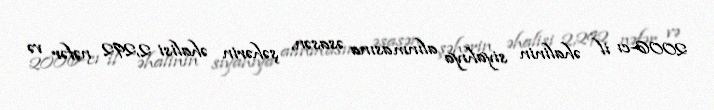
2006-cı il əhalinin siyahıya alınmasına əsasən, şəhərin əhalisi 2,292 nəfər və